Civil Veterinary Department Bengal reports 1933-51 - 1933-1951
Year: 1933
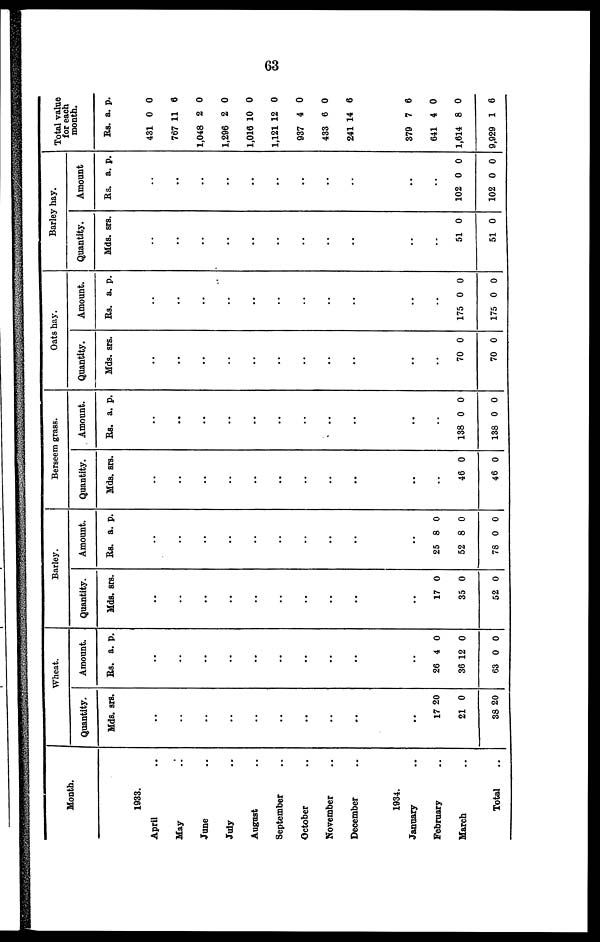
63
Month.
1933.
April ..
May ..
June ..
July ..
August ..
September ..
October ..
November ..
December ..
1934.
January ..
February ..
March ..
Total ..
Wheat.
Quantity.
Mds.
..
..
..
..
..
..
..
..
..
..
17
21
38
srs.
20
0
20
Amount.
Rs.
..
..
..
..
..
..
..
..
..
..
26
36
63
a.
4
12
0
p.
0
0
0
Barley.
Quantity.
Mds. s
..
..
..
..
..
..
..
..
..
..
17
35
52
rs.
0
0
0
Amount.
Rs.
..
..
..
..
..
..
..
..
..
..
25
52
78
a.
8
8
0
p.
0
0
0
Berseem grass.
Quantity.
Mds. s
..
..
..
..
..
..
..
..
..
..
..
46
46
rs.
0
0
Amount.
Rs.
..
..
..
..
..
..
..
..
..
..
..
138
138
a.
0
0
p.
0
0
Oats hay.
Quantity.
Mds. s
..
..
..
..
..
..
..
..
..
..
..
70
70
rs.
0
0
Amount.
Rs.
..
..
..
..
..
..
..
..
..
..
..
175
175
a.
0
0
p.
0
0
Barley hay.
Quantity.
Mds. s
..
..
..
..
..
..
..
..
..
..
..
51
51
rs.
0
0
Amount
Rs.
..
..
..
..
..
..
..
..
..
..
..
102
102
a.
0
0
p.
0
0
Total value
for each
month.
Rs.
431
767
1,048
1,296
1,016
1,121
937
433
241
379
641
1,614
9,929
a.
0
11
2
2
10
12
4
6
14
7
4
8
1
p.
0
6
0
0
0
0
0
0
6
6
0
0
6